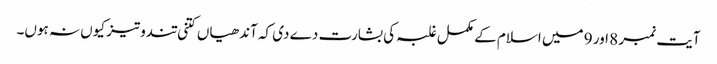
آیت نمبر 8 اور 9 میں اسلام کے مکمل غلبہ کی بشارت دے دی کہ آندھیاں کتنی تندوتیز کیوں نہ ہوں۔